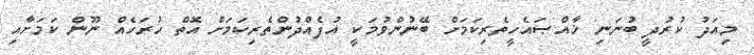
މިއަދު ކުރުދީ ބުނަނި ޚާއްޞައެހީތެރިކަމަށް ބޭނުންވުމަކީ އުފެއްދުންތެރިކަަމަށް އޮތް ހުރަހެއް ނޫން ކަމަށާއި